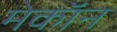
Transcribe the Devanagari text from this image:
मेकॉन